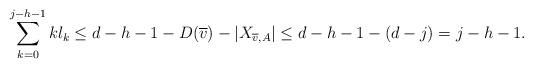
LaTeX: \begin{align*} \sum_{k=0}^{j-h-1} k l_k \leq d - h-1 - D(\overline{v}) - |X_{\overline{v},A}| \leq d- h -1 - (d-j) = j-h-1. \end{align*}